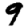
Digit: 9